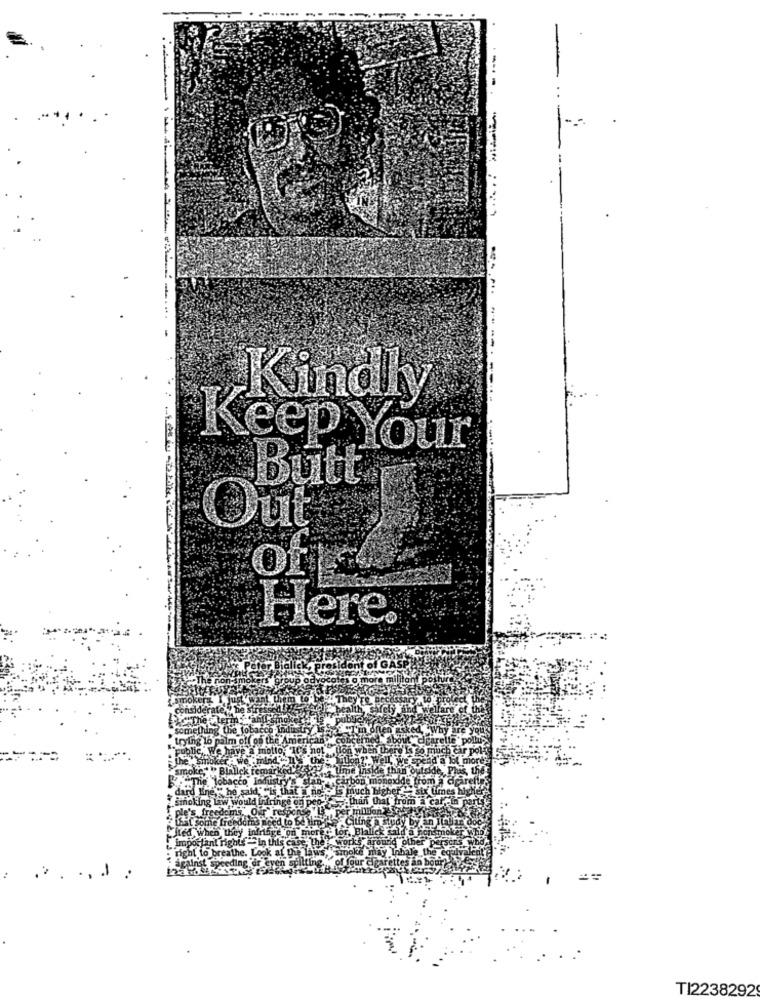
Kindly
Keep Your
Butt
Out
Of
Here.
alm off of the An
e freedoms need to be lire.
o they infringe on
important right. - in this case,
night to breathe. Look at
.. ... .
TI2238292